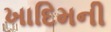
ખાદિમની